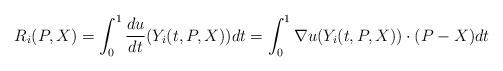
LaTeX: \begin{align*}R_i(P,X)=\int^1_0\frac{d u}{dt}(Y_i(t,P,X))dt=\int^1_0 \nabla u(Y_i(t,P,X))\cdot(P-X) dt\end{align*}